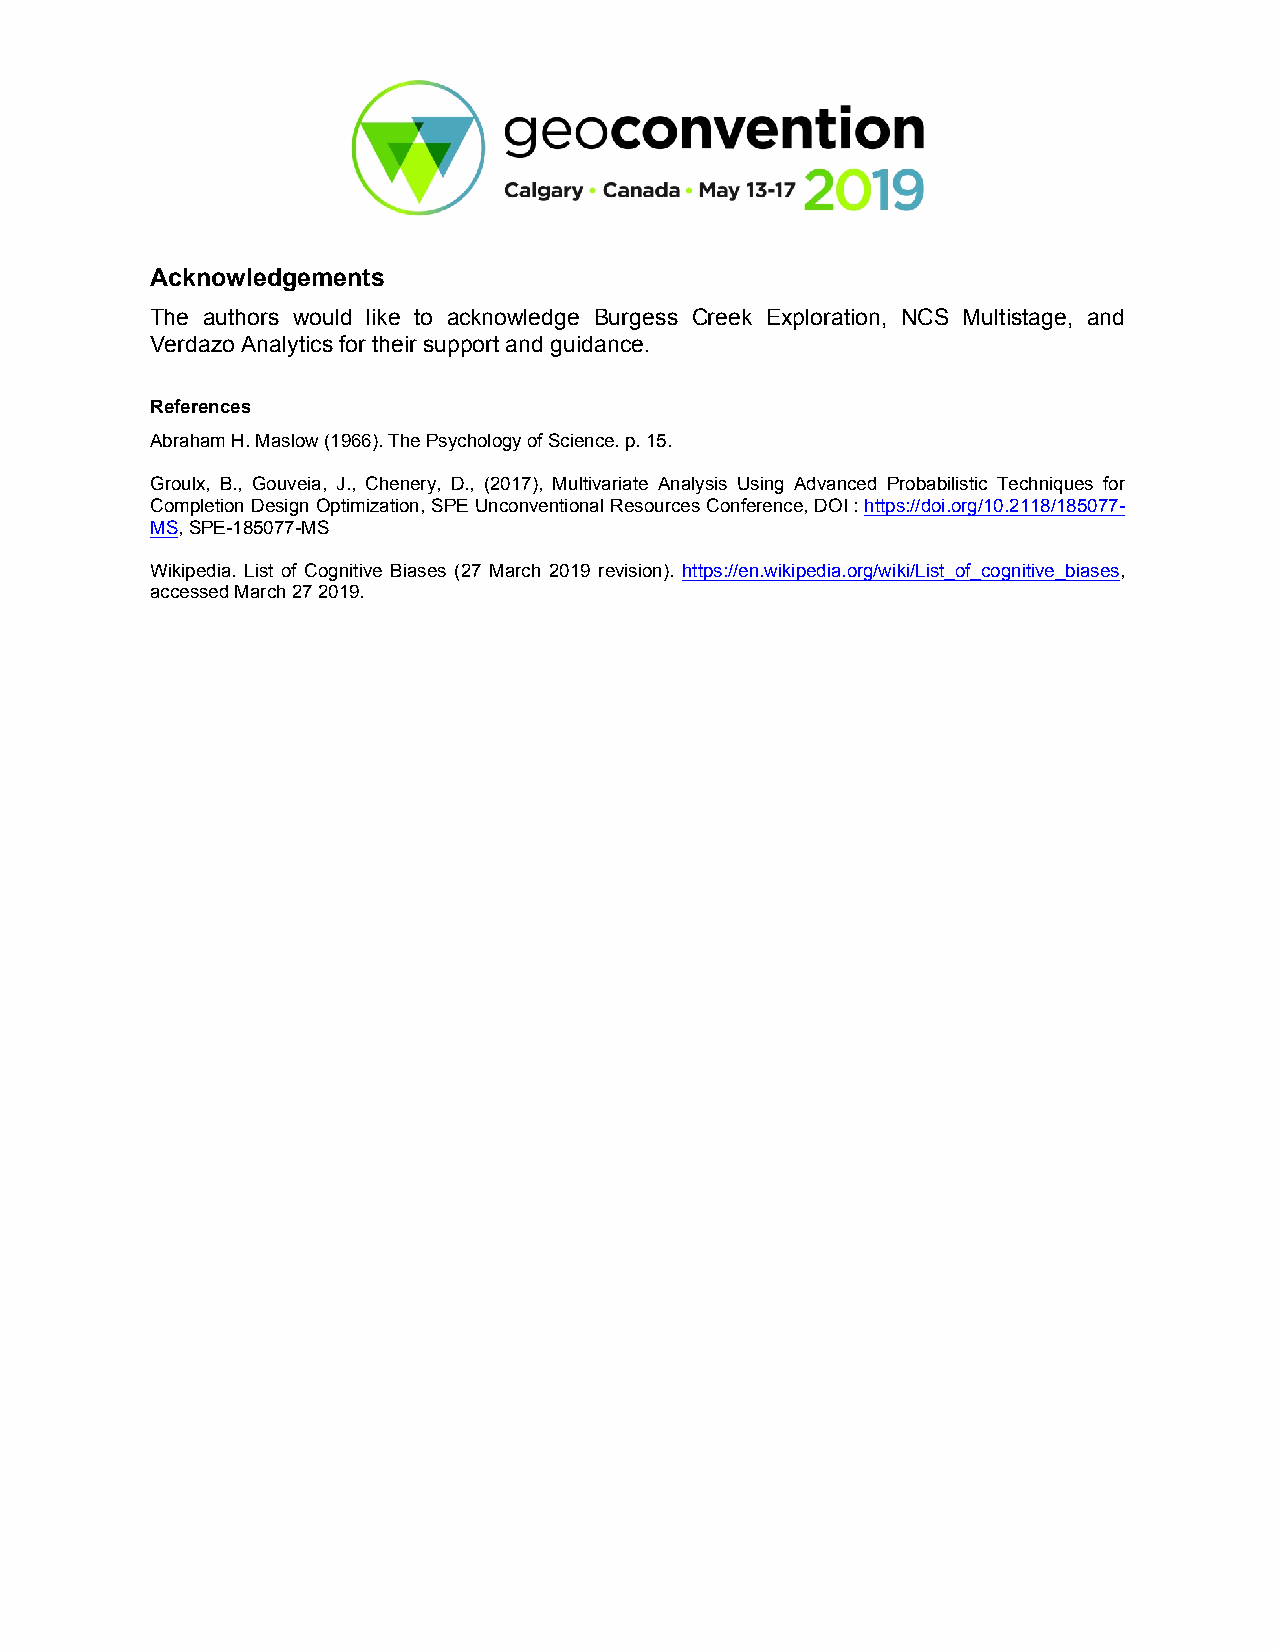
Acknowledgements
 The authors would like to acknowledge Burgess Creek Exploration, NCS Multistage, and
 Verdazo Analytics for their support and guidance.
 References
 Abraham H. Maslow (1966). The Psychology of Science. p. 15.
 Groulx, B., Gouveia, J., Chenery, D., (2017), Multivariate Analysis Using Advanced Probabilistic Techniques for
 Completion Design Optimization, SPE Unconventional Resources Conference, DOI : https://doi.org/10.2118/185077-
 MS, SPE-185077-MS
 Wikipedia. List of Cognitive Biases (27 March 2019 revision). https://en.wikipedia.org/wiki/List_of_cognitive_biases,
 accessed March 27 2019.